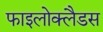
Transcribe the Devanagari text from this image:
फाइलोक्लैडस